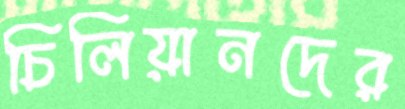
চিলিয়ানদের